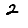
Digit: 2